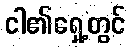
ငါ၏ရှေ့တွင်